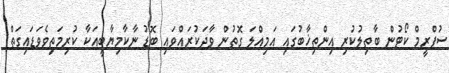
ސުޕްރީމް ކޯޓުން ބާތިލުކުރި އިންތިޚާބުގައި އަމިއްލަ ގޮތުން ވާދަކުރައްވައި ބޮޑު ނާކާމިޔާބީއަކާ ކުރިމަތިވެވަޑައިގަތް